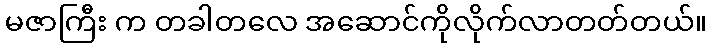
မဇာကြီး က တခါတလေ အဆောင်ကိုလိုက်လာတတ်တယ်။